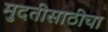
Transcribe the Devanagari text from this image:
मुदतीसाठीचा